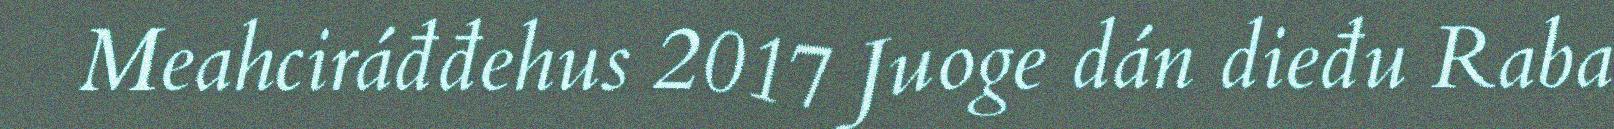
Meahciráđđehus 2017 Juoge dán dieđu Raba